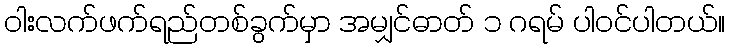
ဝါးလက်ဖက်ရည်တစ်ခွက်မှာ အမျှင်ဓာတ် ၁ ဂရမ် ပါဝင်ပါတယ်။